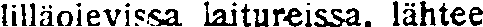
tilläolevissa laitureissa, lähtee